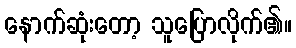
နောက်ဆုံးတော့ သူပြောလိုက်၏။